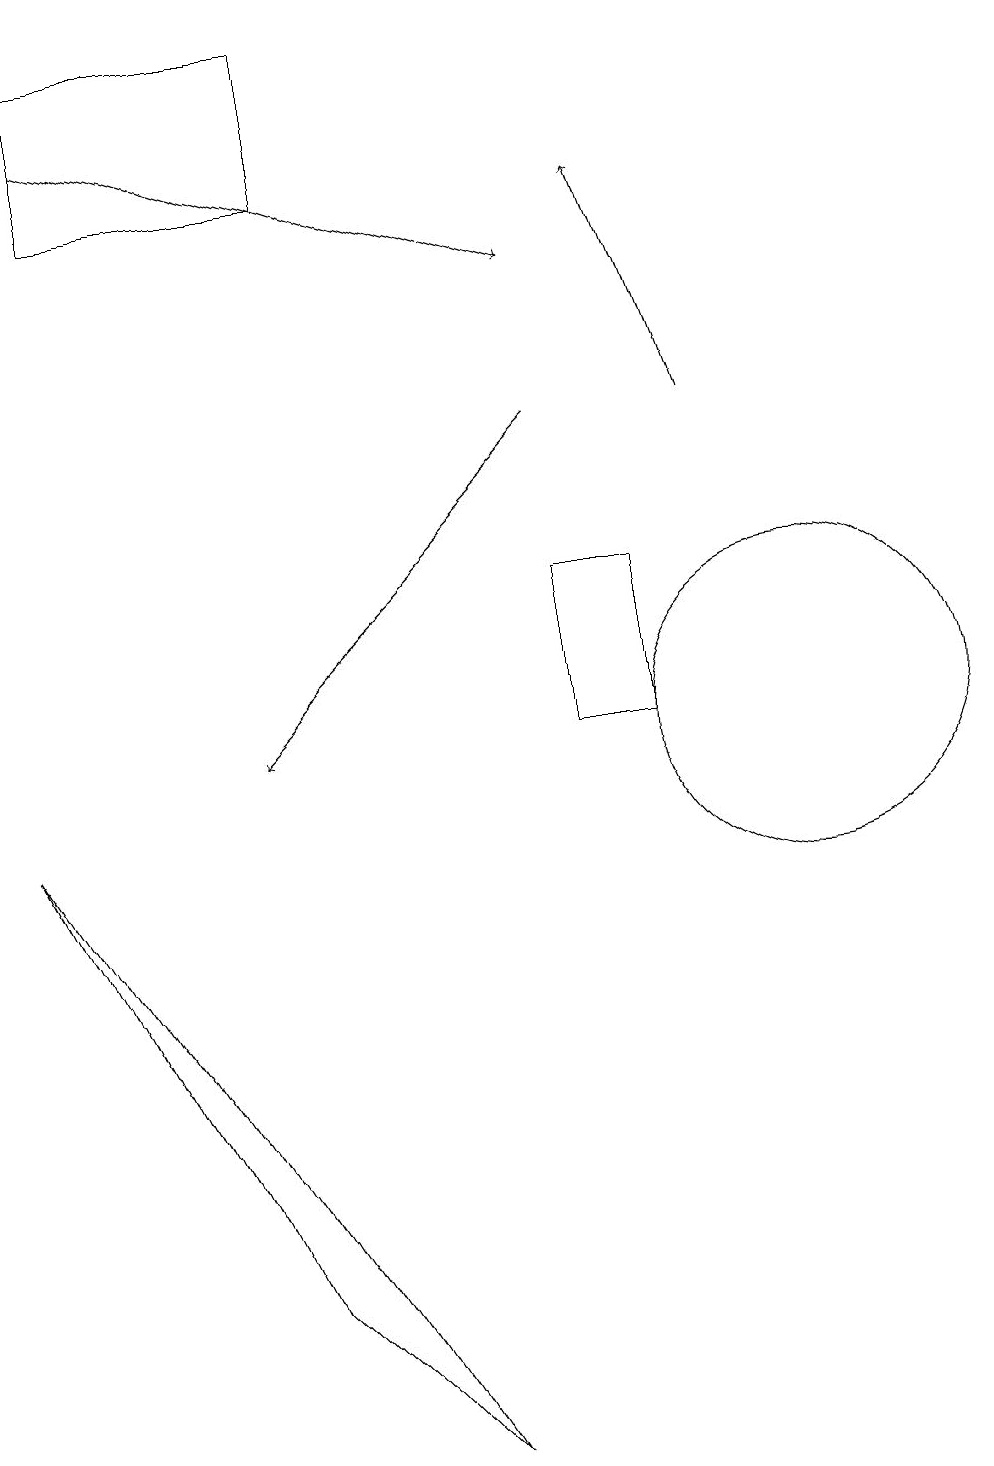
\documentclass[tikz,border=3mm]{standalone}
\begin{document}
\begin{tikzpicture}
\draw (0,9) -- (5,1) -- (3,3) -- cycle;
\draw[->] (1,18) -- (7,16);
\draw (10,10) circle (2);
\draw[->] (7,14) -- (3,10);
\draw (8,12) rectangle (7,10);
\draw[->] (9,14) -- (8,17);
\draw (1,19) rectangle (4,17);
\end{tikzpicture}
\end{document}